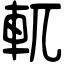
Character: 軏